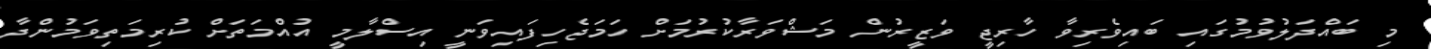
މި ބައްދަލުވުމުގައި ބައިވެރިވާ ހާރިޖީ ވަޒީރުން މަޝްވަރާކުރުމަށް ހަމަޖެހިފައިވަނީ އިސްލާމީ އުއްމަތަށް ކުރިމަތިވަމުންދާ